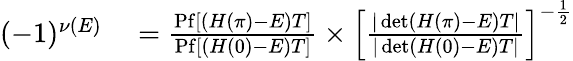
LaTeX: \begin{array}{rl}{(-1)^{\nu(E)}}&{{}=\frac{\mathrm{Pf}[(H(\pi)-E)T]}{\mathrm{Pf}[(H(0)-E)T]}\times\left[\frac{|\operatorname*{det}(H(\pi)-E)T|}{|\operatorname*{det}(H(0)-E)T|}\right]^{-\frac{1}{2}}}\end{array}